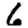
Digit: 6